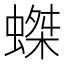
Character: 𧎩